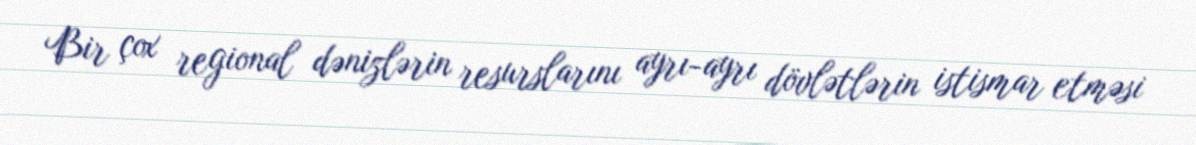
Bir çox regional dənizlərin resurslarını ayrı-ayrı dövlətlərin istismar etməsi